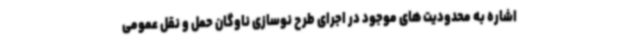
اشاره به محدودیت های موجود در اجرای طرح نوسازی ناوگان حمل و نقل عمومی